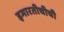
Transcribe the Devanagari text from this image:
इमारतीचीची